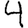
Digit: 4